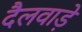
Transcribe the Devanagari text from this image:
दैलवाड़े